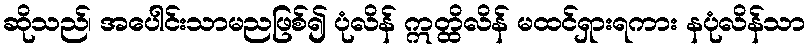
ဆိုသည်၊ အပေါင်းသာမညဖြစ်၍ ပုံလိန် ဣတ္ထိလိန် မထင်ရှားရကား နပုံလိန်သာ